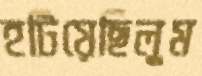
হটিয়েছিলুম